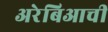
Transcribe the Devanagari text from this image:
अरेबिआची